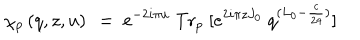
LaTeX: \chi _ { p } \left( q , z , u \right) ~ = ~ e ^ { - 2 i \pi u } \ \mathrm { T r } _ { p } \ [ e ^ { 2 i \pi z J _ { 0 } } \ q ^ { ( L _ { 0 } - { \frac { c } { 2 4 } } ) } ]